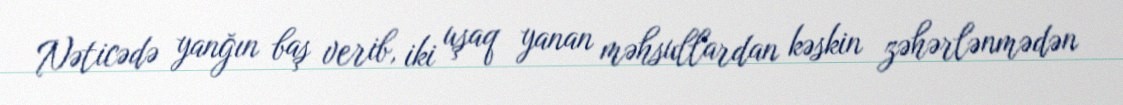
Nəticədə yanğın baş verib, iki uşaq yanan məhsullardan kəskin zəhərlənmədən